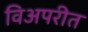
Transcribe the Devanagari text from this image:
विअपरीत